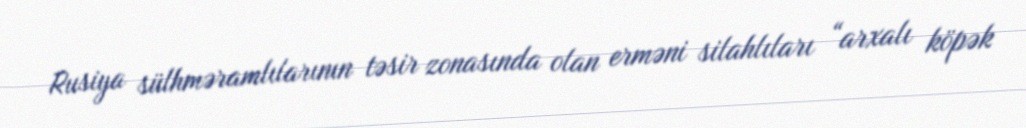
Rusiya sülhməramlılarının təsir zonasında olan erməni silahlıları “arxalı köpək